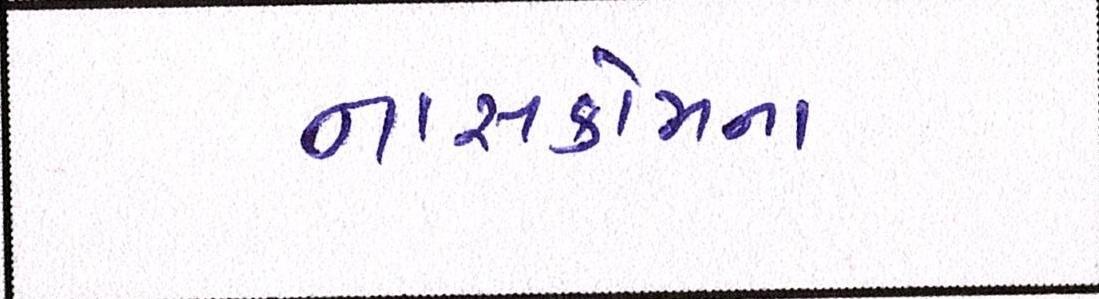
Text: નાસકોમના